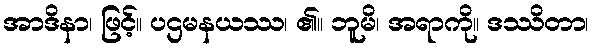
အာဒိနာ၊ ဖြင့်။ ပဌမနယဿ၊ ၏။ ဘူမိ၊ အရာကို။ ဒဿိတာ၊